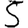
Digit: 5